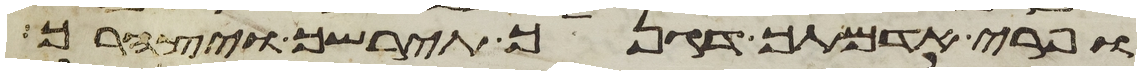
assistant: ופרי אדמתך דגנך תירשך ויצהרך